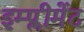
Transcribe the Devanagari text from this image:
इम्प्लीमेंट